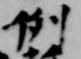
例